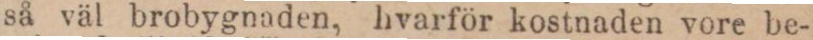
så väl brobygnaden, hvarför kostnaden vore be-